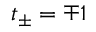
t _ { \pm } = \mp 1